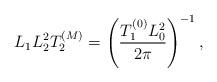
LaTeX: \begin{align*}L_1 L_2^2 T_2^{(M)} = \left({T_1^{(0)} L_0^2\over 2\pi}\right)^{-1},\end{align*}